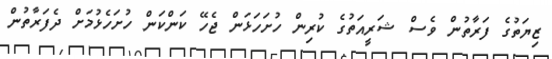
ޒިޔަތުގެ ފަރާތުން ވެސް ޝަރީއަތުގެ ކުރިން ހުށަހަޅަން ޖެހޭ ކަންކަން ހުށަހެޅުމަށް ދެފަރާތުން